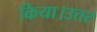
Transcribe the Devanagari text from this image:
किया।उत्तर